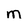
Character: m